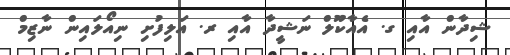
ޝިދާން އާއި ގ. އެއާކޫލް ނަޝީދާ އާއި ރ. އަލިފުށި ނިއޯލައިން ނާޒިމް